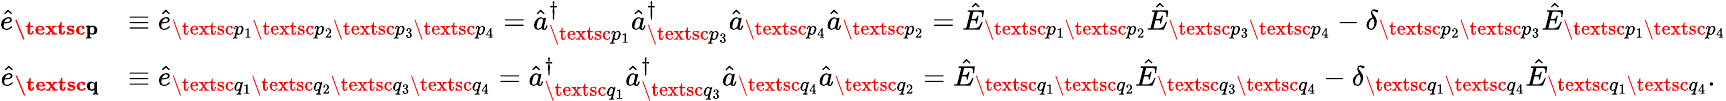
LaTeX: \begin{array}{rl}{\hat{e}_{\textbf{\textsc{p}}}}&{\equiv\hat{e}_{\textsc{p}_{1}\textsc{p}_{2}\textsc{p}_{3}\textsc{p}_{4}}=\hat{a}_{\textsc{p}_{1}}^{\dagger}\hat{a}_{\textsc{p}_{3}}^{\dagger}\hat{a}_{\textsc{p}_{4}}\hat{a}_{\textsc{p}_{2}}=\hat{E}_{\textsc{p}_{1}\textsc{p}_{2}}\hat{E}_{\textsc{p}_{3}\textsc{p}_{4}}-\delta_{\textsc{p}_{2}\textsc{p}_{3}}\hat{E}_{\textsc{p}_{1}\textsc{p}_{4}}}\\ {\hat{e}_{\textbf{\textsc{q}}}}&{\equiv\hat{e}_{\textsc{q}_{1}\textsc{q}_{2}\textsc{q}_{3}\textsc{q}_{4}}=\hat{a}_{\textsc{q}_{1}}^{\dagger}\hat{a}_{\textsc{q}_{3}}^{\dagger}\hat{a}_{\textsc{q}_{4}}\hat{a}_{\textsc{q}_{2}}=\hat{E}_{\textsc{q}_{1}\textsc{q}_{2}}\hat{E}_{\textsc{q}_{3}\textsc{q}_{4}}-\delta_{\textsc{q}_{1}\textsc{q}_{4}}\hat{E}_{\textsc{q}_{1}\textsc{q}_{4}}.}\end{array}